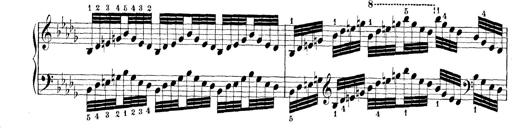
Title: Technische Studien
Composer: Franz Liszt